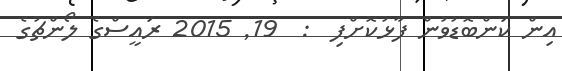
އިން ކަންބޮޑުވުން ފާޅުކޮށްފި  :  19